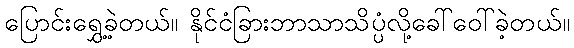
ပြောင်းရွှေ့ခဲ့တယ်။ နိုင်ငံခြားဘာသာသိပ္ပံလို့ခေါ်ဝေါ်ခဲ့တယ်။